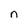
Character: n